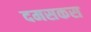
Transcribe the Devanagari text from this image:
दमसकस